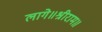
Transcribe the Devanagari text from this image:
लागे॥श्रीराम॥